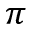
\pi